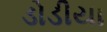
ડોડીયા